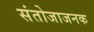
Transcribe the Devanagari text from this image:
संतोजाजनक